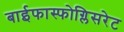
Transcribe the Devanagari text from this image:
बाईफास्फोग्लिसरेट